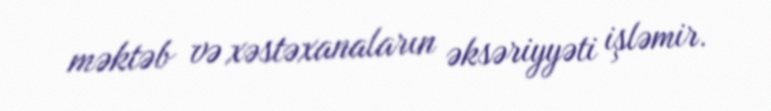
məktəb və xəstəxanaların əksəriyyəti işləmir.